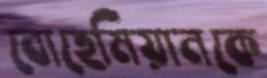
বোহেমিয়ানকে